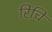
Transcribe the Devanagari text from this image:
रिचि